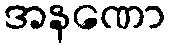
အနဏော